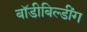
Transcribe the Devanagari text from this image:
बॉडीबिल्डींग